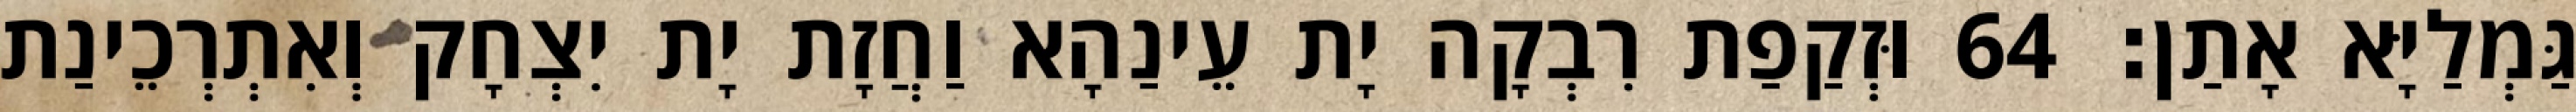
גַּמְלַיָּא אָתַן׃ 64 וּזְקַפַת רִבְקָה יָת עֵינַהָא וַחֲזָת יָת יִצְחָק וְאִתְרְכֵינַת